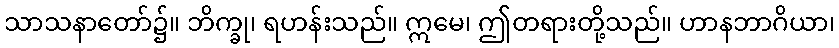
သာသနာတော်၌။ ဘိက္ခု၊ ရဟန်းသည်။ ဣမေ၊ ဤတရားတို့သည်။ ဟာနဘာဂိယာ၊